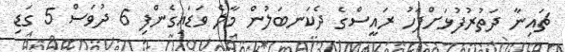
ޗައިނާ ދަތުރުފުޅަށްފަހު ރައީސްގެ ދެކަނބަލުން މާލެ ވަޑައިގެންފި 6 ދުވަސް 5 ގަޑި